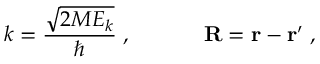
k = \frac { \sqrt { 2 M E _ { k } } } { \hbar } \; , \; \; \; \; \; \; \; \; \; \; \; \; { \bf R } = { \bf r } - { \bf r } ^ { \prime } \; ,